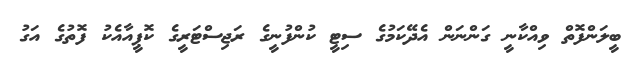
ބީލަންފޮތް ވިއްކާނީ ގަންނަން އެދޭކަމުގެ ސިޓީ ކުންފުނީގެ ރަޖިސްޓަރީގެ ކޮޕީއާއެކު ފޮތުގެ އަގު